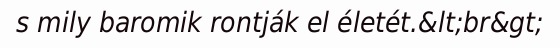
s mily baromik rontják el életét.&lt;br&gt;